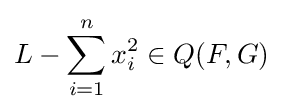
L-\sum _{i=1}^{n}x_{i}^{2}\in Q(F,G)